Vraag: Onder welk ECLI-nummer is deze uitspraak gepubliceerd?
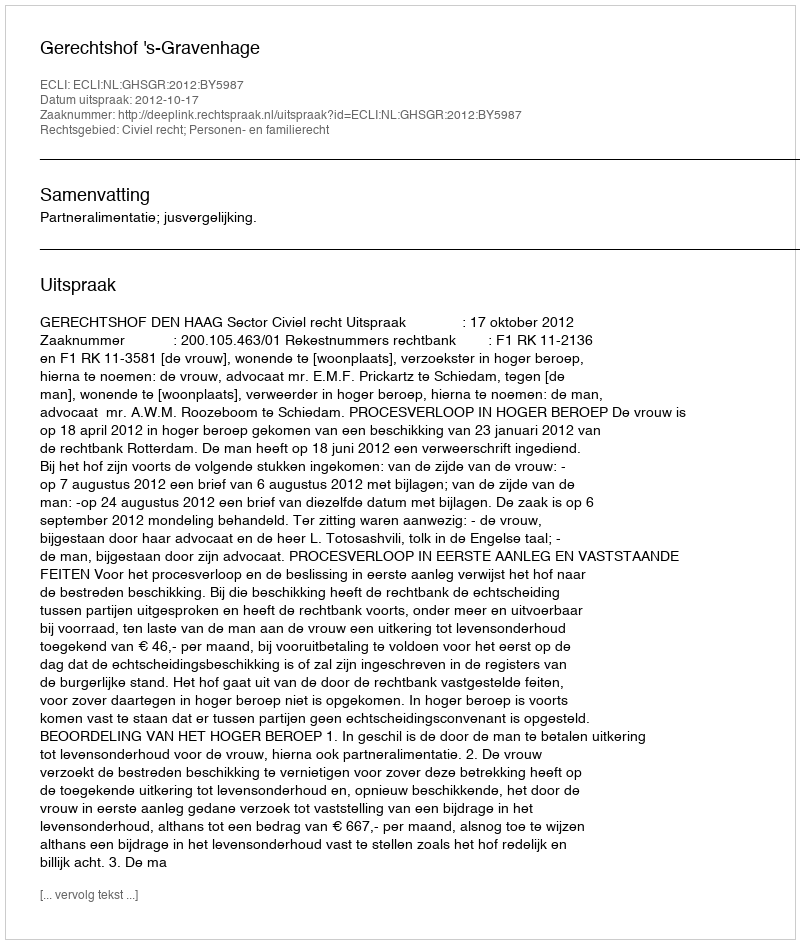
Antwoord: ECLI:NL:GHSGR:2012:BY5987